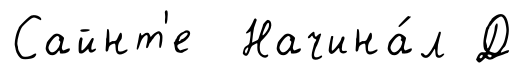
Сайнт'е Начина́л Д